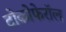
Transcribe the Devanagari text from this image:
टोकोफेरॉल